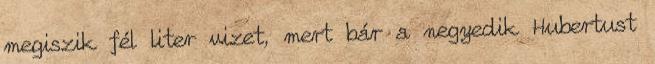
megiszik fél liter vizet, mert bár a negyedik Hubertust